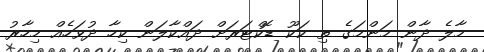
މާލެ ދާން މަންމަގެ ތި ކަކޫ ޑޮކްޓަރަށް ދައްކާލަން ކިހާ ދުވަހެއް މިހާރު